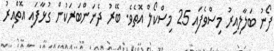
ފޯނު ބަލާލިއިރު މިސްވެފައި 25 މިސްކޯލް އޮތެވެ. ބޭރު ދެނަންބަރަކުން ގުޅާފައި އޮތްއިރު